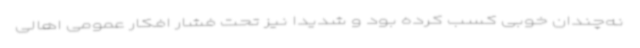
نه‌چندان خوبی کسب کرده بود و شدیدا نیز تحت فشار افکار عمومی اهالی